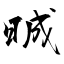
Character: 晠